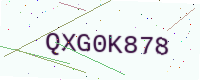
Text: QXG0K878